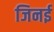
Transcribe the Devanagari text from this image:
जिनई